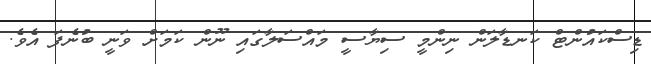
ޑިސްކައުންޓް ކަނޑާލަން ނިންމީ ސިޔާސީ މައްސަލާގައި ނޫން ކަމަށް ވަނީ ބުނެފަ އެވެ.